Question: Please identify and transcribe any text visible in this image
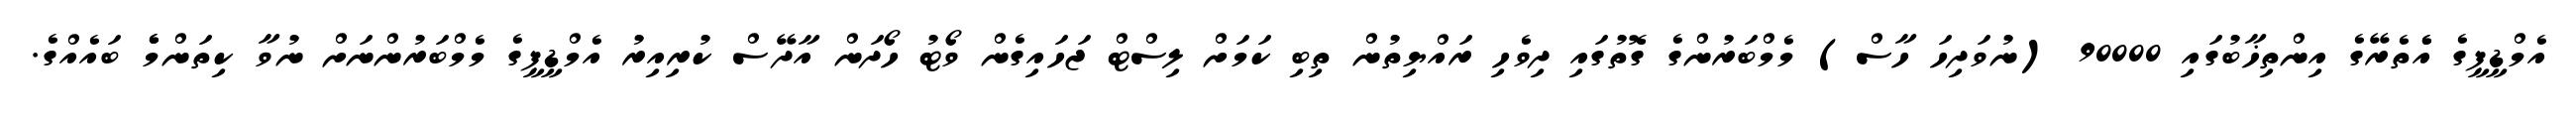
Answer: އެމްޑީޕީގެ އެެތެރޭގެ އިންތިޚާބުގައި 90000 (ނުވަދިހަ ހާސް) މެމްބަރުންގެ ގޮތުގައި ދިވެހި ރައްޔިތުން ތިބި ކަމަށް ލިސްޓް ޖަހައިގެން ވޯޓު ހޯދަން އާދޭސް ކުރިއިރު އެމްޑީޕީގެ މެމްބަރުންނަށް ނުވާ ކިތަންމެެ ބައެއްގެ.